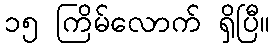
၁၅ ကြိမ်လောက် ရှိပြီ။